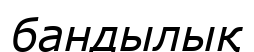
бандылық